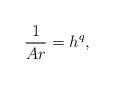
LaTeX: \begin{align*}\frac{1}{Ar} = h^q,\end{align*}